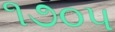
૧૭૦૫